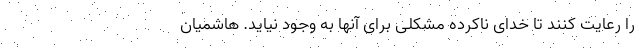
را رعایت کنند تا خدای ناکرده مشکلی برای آنها به وجود نیاید. هاشمیان